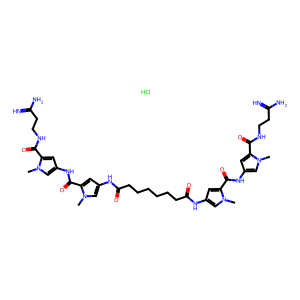
SMILES: Cl.Cn1cc(NC(=O)c2cc(NC(=O)CCCCCCC(=O)Nc3cc(C(=O)Nc4cc(C(=O)NCCC(=N)N)n(C)c4)n(C)c3)cn2C)cc1C(=O)NCCC(=N)N
Inhibits HIV replication: No